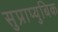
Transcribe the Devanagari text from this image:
सुप्राप्युबिक